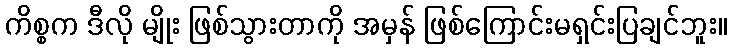
ကိစ္စက ဒီလို မျိုး ဖြစ်သွားတာကို အမှန် ဖြစ်ကြောင်းမရှင်းပြချင်ဘူး။